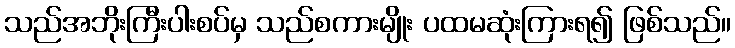
သည်အဘိုးကြီးပါးစပ်မှ သည်စကားမျိုး ပထမဆုံးကြားရ၍ ဖြစ်သည်။